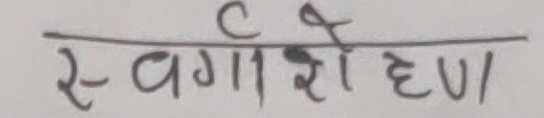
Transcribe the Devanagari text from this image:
स्वरण